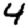
Digit: 4